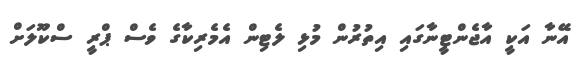
އޭނާ އަކީ އާޖެންޓީނާގައި އިތުރުން މުޅި ލެޓިން އެމެރިކާގެ ވެސް ޕްރީ ސްކޫލަށް